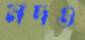
মদও